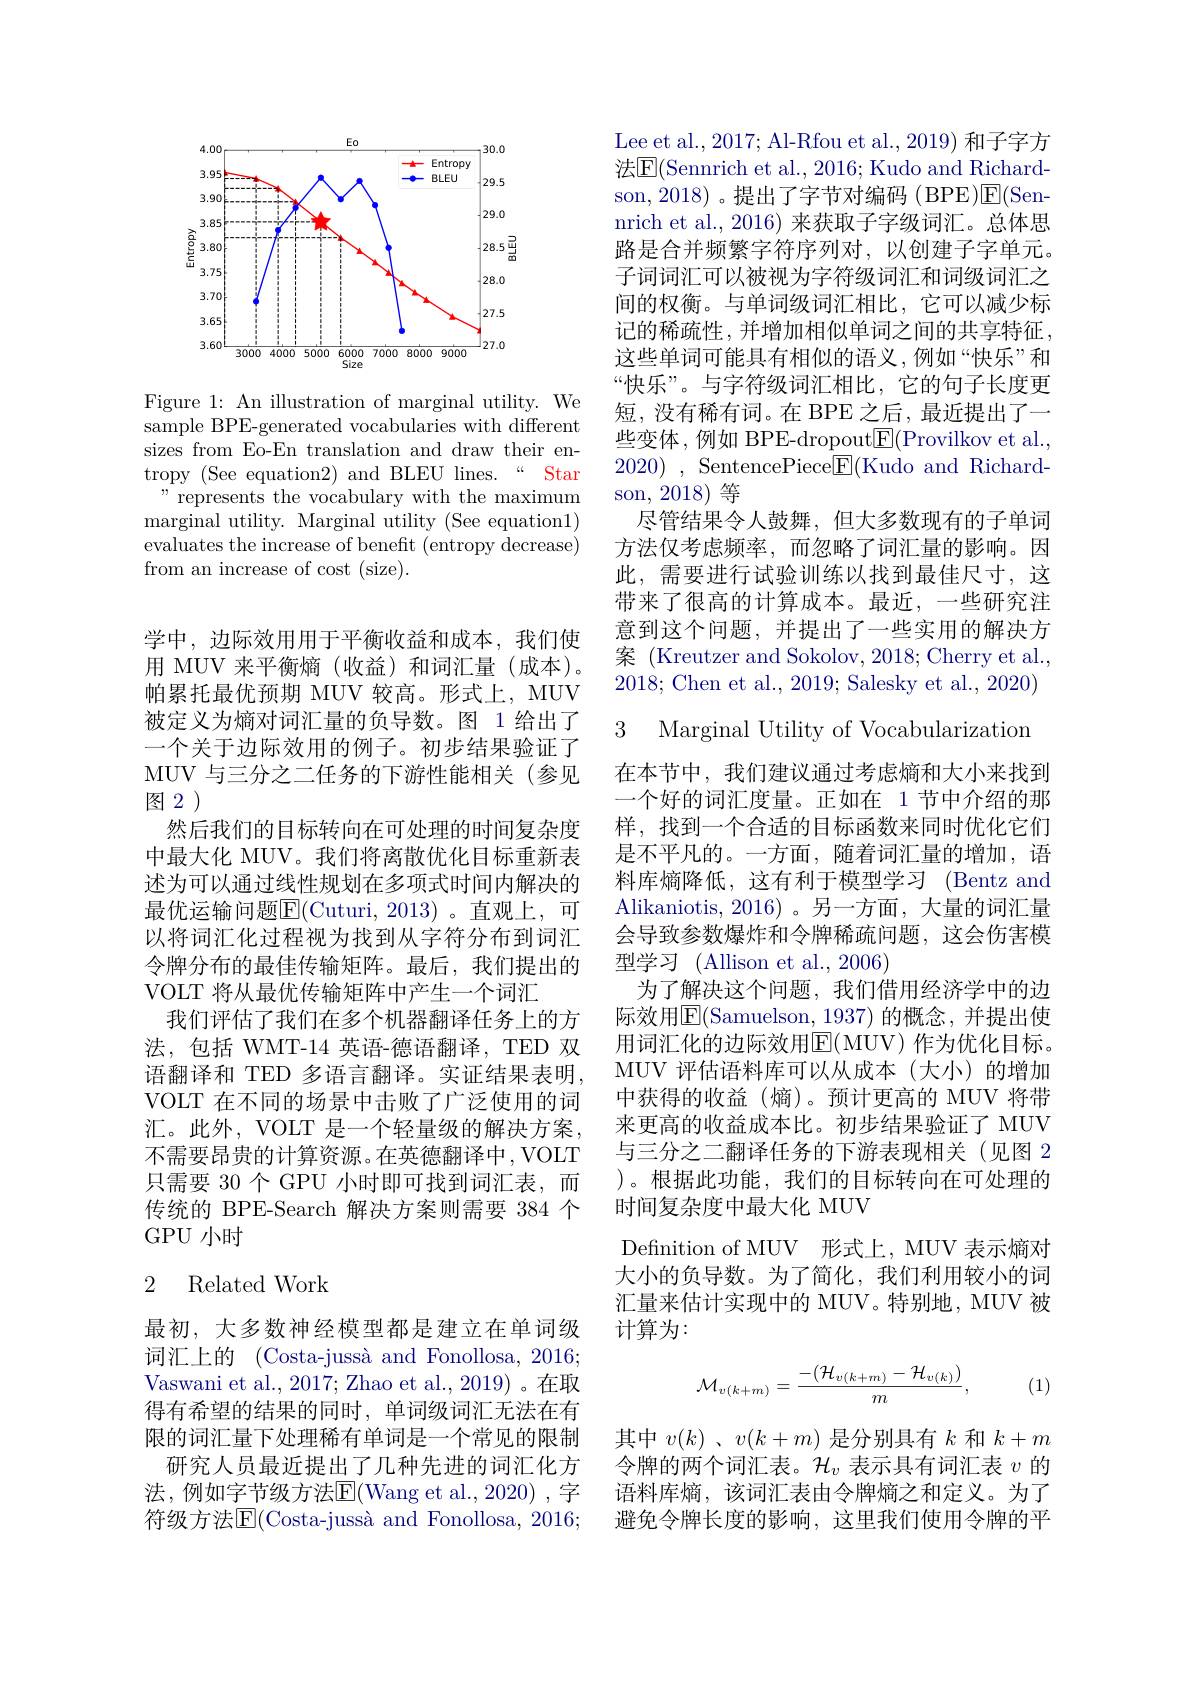
<FigureHere>

Figure 1: An illustration of marginal utility. We sample BPE-generated vocabularies with different sizes from Eo-En translation and draw their entropy (See equation2) and BLEU lines.“Star
" represents the vocabulary with the maximum marginal utility. Marginal utility (See equation1) evaluates the increase of benefit (entropy decrease) from an increase of cost (size).

学中，边际效用用于平衡收益和成本，我们使用 MUV 来平衡熵(收益)和词汇量(成本)。帕累托最优预期 MUV 较高。形式上，MUV 被定义为熵对词汇量的负导数。图 1 给出了一个关于边际效用的例子。初步结果验证了MUV 与三分之二任务的下游性能相关(参见

图2)

然后我们的目标转向在可处理的时间复杂度中最大化 MUV。我们将离散优化目标重新表述为可以通过线性规划在多项式时间内解决的最优运输问题$\boxed{\mathrm{F}}($Cuturi,2013)。直观上，可以将词汇化过程视为找到从字符分布到词汇令牌分布的最佳传输矩阵。最后，我们提出的VOLT 将从最优传输矩阵中产生一个词汇
我们评估了我们在多个机器翻译任务上的方法，包括 WMT-14 英语-德语翻译，TED 双语翻译和 TED 多语言翻译。实证结果表明， VOLT 在不同的场景中击败了广泛使用的词汇。此外，VOLT 是一个轻量级的解决方案， 不需要昂贵的计算资源。在英德翻译中，VOLT 只需要 30个 GPU 小时即可找到词汇表，而传统的 BPE-Search 解决方案则需要 384 个GPU 小时

## 2 Related Work

最初，大多数神经模型都是建立在单词级词汇上的 (Costa-jussà and Fonollosa, 2016; Vaswani et al., 2017; Zhao et al., 2019) 。在取得有希望的结果的同时，单词级词汇无法在有限的词汇量下处理稀有单词是一个常见的限制
研究人员最近提出了几种先进的词汇化方法，例如字节级方法$\overline{\mathrm{E}}($Wang et al.,2020),字符级方法$\operatorname{E}($Costa-jussà and Fonollosa, 2016;

Lee et al., 2017; Al-Rfou et al., 2019) 和子字方法$\overline{\mathrm{E}}($Sennrich et al., 2016; Kudo and Richardson, 2018) 。提出了字节对编码 (BPE)$\mathsf{E}($Sennrich et al., 2016) 来获取子字级词汇。总体思路是合并频繁字符序列对，以创建子字单元。子词词汇可以被视为字符级词汇和词级词汇之间的权衡。与单词级词汇相比，它可以减少标记的稀疏性，并增加相似单词之间的共享特征， 这些单词可能具有相似的语义，例如“快乐”和“快乐”。与字符级词汇相比，它的句子长度更短，没有稀有词。在 BPE 之后，最近提出了一些变体，例如 BPE-dropout$\underline{\mathrm{E}}($Provilkov et al., 2020) , SentencePiece$\underline{\mathrm{F}}($Kudo and Richardson, 2018)等
尽管结果令人鼓舞，但大多数现有的子单词方法仅考虑频率，而忽略了词汇量的影响。因此，需要进行试验训练以找到最佳尺寸，这带来了很高的计算成本。最近，一些研究注意到这个问题，并提出了一些实用的解决方案 (Kreutzer and Sokolov, 2018; Cherry et al. 2018; Chen et al., 2019; Salesky et al., 2020) 3 Marginal Utility of Vocabularization 在本节中，我们建议通过考虑熵和大小来找到一个好的词汇度量。正如在 1节中介绍的那样，找到一个合适的目标函数来同时优化它们是不平凡的。一方面，随着词汇量的增加，语料库熵降低，这有利于模型学习 (Bentz and Alikaniotis, 2016)。另一方面，大量的词汇量会导致参数爆炸和令牌稀疏问题，这会伤害模型学习 (Allison et al., 2006)
为了解决这个问题，我们借用经济学中的边际效用$\overline{\mathrm{E}}($Samuelson,1937)的概念，并提出使用词汇化的边际效用E$( MUV)$ 作为优化目标。MUV 评估语料库可以从成本(大小)的增加中获得的收益(熵)。预计更高的 MUV 将带来更高的收益成本比。初步结果验证了 MUV 与三分之二翻译任务的下游表现相关(见图 2 )。根据此功能，我们的目标转向在可处理的时间复杂度中最大化 MUV
Defnition of MUV 形式上，MUV 表示熵对大小的负导数。为了简化，我们利用较小的词汇量来估计实现中的 MUV。特别地，MUV 被计算为：
$$\mathcal{M}_{v(k+m)}=\frac{-(\mathcal{H}_{v(k+m)}-\mathcal{H}_{v(k)})}{m},$$
(1)

其中$v(k)$ 、$v(k+m)$是分别具有$k$和$k+m$ 令牌的两个词汇表。$\mathcal{H}_v$表示具有词汇表$v$的语料库熵，该词汇表由令牌熵之和定义。为了避免令牌长度的影响，这里我们使用令牌的平